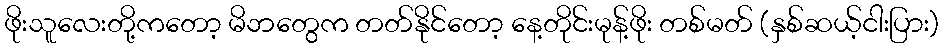
ဖိုးသူလေးတို့ကတော့ မိဘတွေက တတ်နိုင်တော့ နေ့တိုင်းမုန့်ဖိုး တစ်မတ် (နှစ်ဆယ့်ငါးပြား)